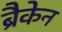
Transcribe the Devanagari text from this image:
ब्रैकेन